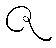
ဇ